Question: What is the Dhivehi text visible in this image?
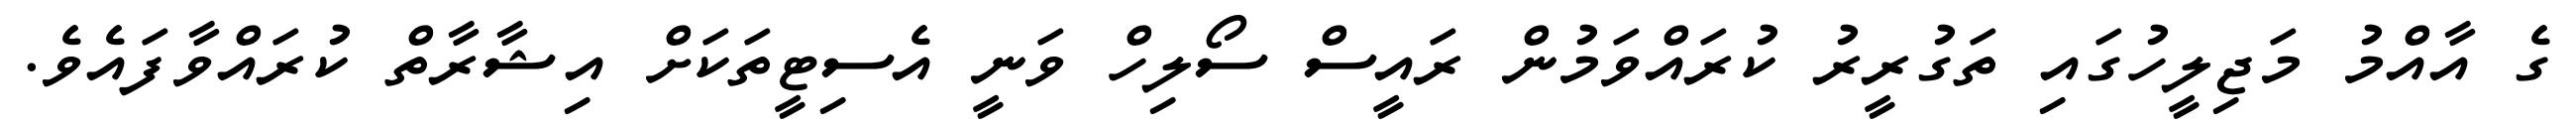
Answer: ގެ އާއްމު މަޖިލީހުގައި ތަގުރީރު ކުރައްވަމުން ރައީސް ސޯލިހް ވަނީ އެސިޓީތަކަށް އިޝާރާތް ކުރައްވާފައެވެ.